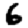
Digit: 6